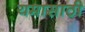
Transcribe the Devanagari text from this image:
यमासाठी